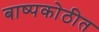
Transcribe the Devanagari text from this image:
बाष्पकोठीत